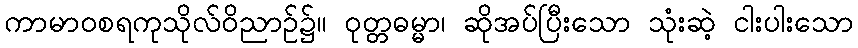
ကာမာဝစရကုသိုလ်ဝိညာဉ်၌။ ဝုတ္တဓမ္မာ၊ ဆိုအပ်ပြီးသော သုံးဆဲ့ ငါးပါးသော